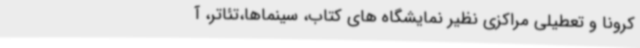
کرونا و تعطیلی مراکزی نظیر نمایشگاه های کتاب،‌ سینماها،‌تئاتر،‌ آ